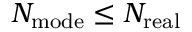
N _ { \mathrm { m o d e } } \leq N _ { \mathrm { r e a l } }